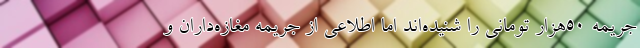
جریمه ۵۰هزار تومانی را شنیده‌اند اما اطلاعی از جریمه مغازه‌داران و